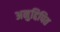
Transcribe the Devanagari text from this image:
अनुद्दिपित